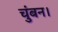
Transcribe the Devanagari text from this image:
चुंबन।